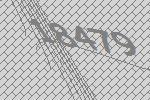
18479